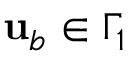
{ \mathbf { u } } _ { b } \in \Gamma _ { 1 }